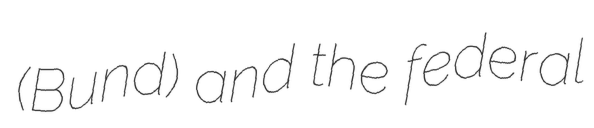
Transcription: (Bund) and the federal